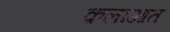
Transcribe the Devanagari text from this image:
क़लाआत